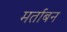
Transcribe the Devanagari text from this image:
मर्ताबन